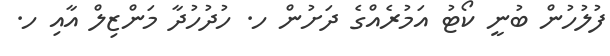
ފުލުހުން ބުނީ ކޯޓު އަމުރެއްގެ ދަށުން ހ. ހުދުހުދާ މަންޒިލް އާއި ހ.